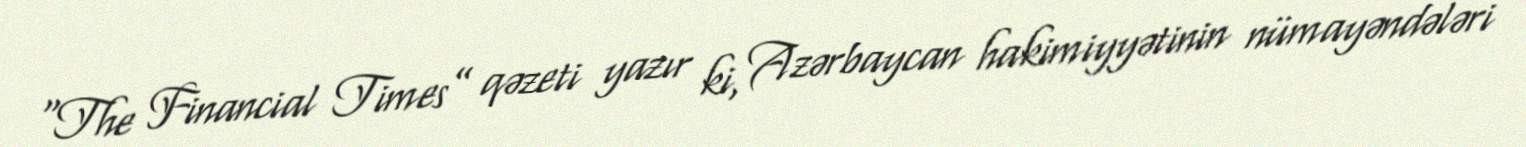
“The Financial Times” qəzeti yazır ki, Azərbaycan hakimiyyətinin nümayəndələri